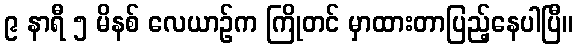
၉ နာရီ ၅ မိနစ် လေယာဉ်က ကြိုတင် မှာထားတာပြည့်နေပါပြီ။